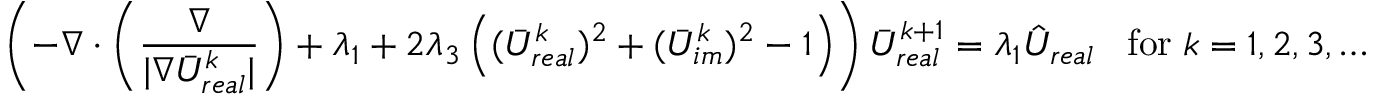
\left( - \nabla \cdot \left( \frac { \nabla } { | \nabla \bar { U } _ { r e a l } ^ { k } | } \right) + \lambda _ { 1 } + 2 \lambda _ { 3 } \left( ( \bar { U } _ { r e a l } ^ { k } ) ^ { 2 } + ( \bar { U } _ { i m } ^ { k } ) ^ { 2 } - 1 \right) \right) \bar { U } _ { r e a l } ^ { k + 1 } = \lambda _ { 1 } \hat { U } _ { r e a l } \; \; \; \mathrm { f o r } \; k = 1 , 2 , 3 , \ldots